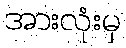
အားလုံးမှ